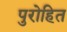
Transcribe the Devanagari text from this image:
पुरोहित